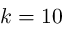
k = 1 0